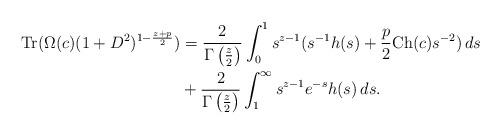
LaTeX: \begin{align*} \mathrm{Tr}(\Omega(c)(1+D^2)^{1-\frac{z+p}{2}}) &= \frac{2}{\Gamma\left(\frac{z}{2}\right)}\int_0^1 s^{z-1}(s^{-1}h(s)+\frac{p}{2}\mathrm{Ch}(c)s^{-2})\,ds\\ &+\frac{2}{\Gamma\left(\frac{z}{2}\right)}\int_1^\infty s^{z-1}e^{-s}h(s)\,ds. \end{align*}